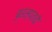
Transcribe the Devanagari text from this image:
बृहस्पतये